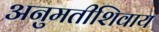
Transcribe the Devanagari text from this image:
अनुमतीशिवाय